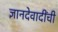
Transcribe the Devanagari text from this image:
ज्ञानदेवादींची